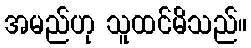
အမည်ဟု သူထင်မိသည်။